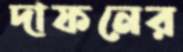
দাফনের